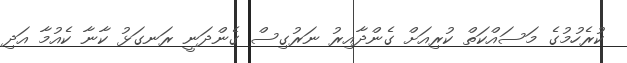
ކުރެހުމުގެ މަސައްކަތް ކުރިއަށް ގެންދާއިރު ނަރުގިސް ގެންދަނީ ރަނގަޅު ކާނާ ކެއުމާ އަދި